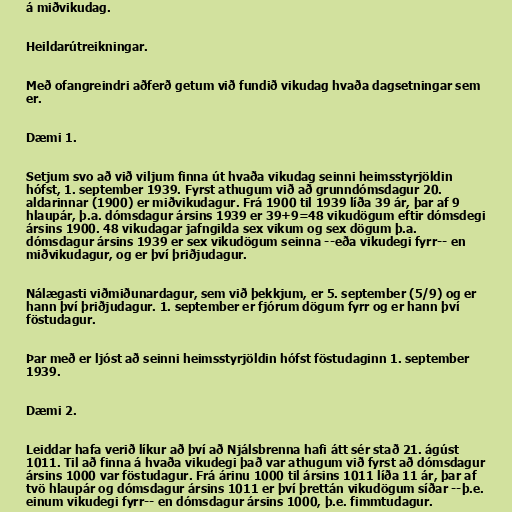
á miðvikudag.

Heildarútreikningar.

Með ofangreindri aðferð getum við fundið vikudag hvaða dagsetningar sem
er.

Dæmi 1.

Setjum svo að við viljum finna út hvaða vikudag seinni heimsstyrjöldin
hófst, 1. september 1939. Fyrst athugum við að grunndómsdagur 20.
aldarinnar (1900) er miðvikudagur. Frá 1900 til 1939 líða 39 ár, þar af 9
hlaupár, þ.a. dómsdagur ársins 1939 er 39+9=48 vikudögum eftir dómsdegi
ársins 1900. 48 vikudagar jafngilda sex vikum og sex dögum þ.a.
dómsdagur ársins 1939 er sex vikudögum seinna --eða vikudegi fyrr-- en
miðvikudagur, og er því þriðjudagur.

Nálægasti viðmiðunardagur, sem við þekkjum, er 5. september (5/9) og er
hann því þriðjudagur. 1. september er fjórum dögum fyrr og er hann því
föstudagur.

Þar með er ljóst að seinni heimsstyrjöldin hófst föstudaginn 1. september
1939.

Dæmi 2.

Leiddar hafa verið líkur að því að Njálsbrenna hafi átt sér stað 21. ágúst
1011. Til að finna á hvaða vikudegi það var athugum við fyrst að dómsdagur
ársins 1000 var föstudagur. Frá árinu 1000 til ársins 1011 líða 11 ár, þar af
tvö hlaupár og dómsdagur ársins 1011 er því þrettán vikudögum síðar --þ.e.
einum vikudegi fyrr-- en dómsdagur ársins 1000, þ.e. fimmtudagur.